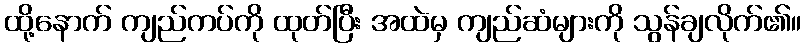
ထို့နောက် ကျည်ကပ်ကို ထုတ်ပြီး အထဲမှ ကျည်ဆံများကို သွန်ချလိုက်၏။